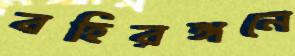
বহিরঙ্গনে